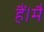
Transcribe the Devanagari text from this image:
हैं।मैं